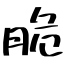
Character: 脆